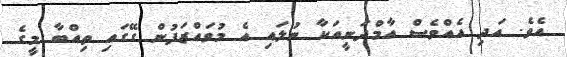
އެވެ. އަދި އެއްވެސް އާމްދަނީއަކާ ނުލައި އެ މުވައްޒަފުން ގޭގައި ތިއްބާ މީގެ